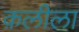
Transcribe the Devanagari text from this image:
क़लीला